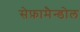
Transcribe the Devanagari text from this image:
सेफ़ामैन्डोल